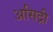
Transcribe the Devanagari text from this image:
असिद्री